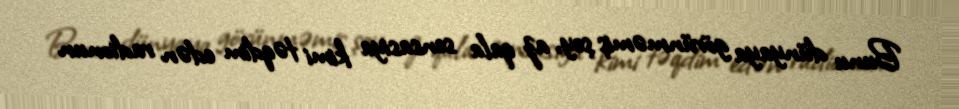
Bunu dünyaya görünməmiş şey, az qala sensasiya kimi təqdim edən radionun